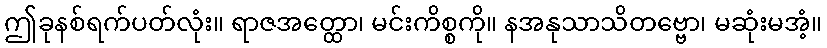
ဤခုနစ်ရက်ပတ်လုံး။ ရာဇအတ္ထော၊ မင်းကိစ္စကို။ နအနုသာသိတဗ္ဗော၊ မဆုံးမအံ့။